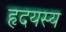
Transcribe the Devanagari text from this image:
हृदयस्य